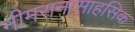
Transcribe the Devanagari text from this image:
नीमरानासाहसिक